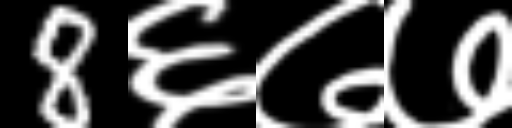
Text: 8६७७